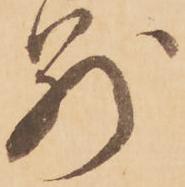
別